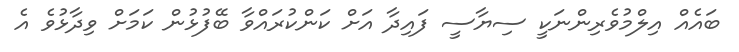
ބައެއް އިލްމުވެރިންނަކީ ސިޔާސީ ފައިދާ އަށް ކަންކުރައްވާ ބޭފުޅުން ކަމަށް ވިދާޅުވެ އެ